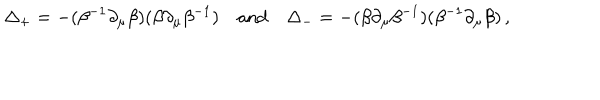
\Delta _ { + } = - ( \beta ^ { - 1 } \partial _ { \mu } \beta ) ( \beta \partial _ { \mu } \beta ^ { - 1 } ) \quad \mathrm { a n d } \quad \Delta _ { - } = - ( \beta \partial _ { \mu } \beta ^ { - 1 } ) ( \beta ^ { - 1 } \partial _ { \mu } \beta ) \, ,